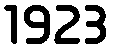
1923